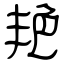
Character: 艳